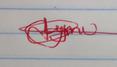
Signature authenticity: genuine